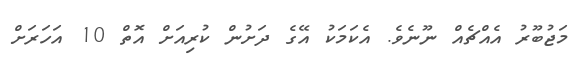
މަޖުބޫރު އެއްޗެއް ނޫނެވެ. އެކަމަކު އޭގެ ދަށުން ކުރިއަށް އޮތް 10 އަހަރަށް